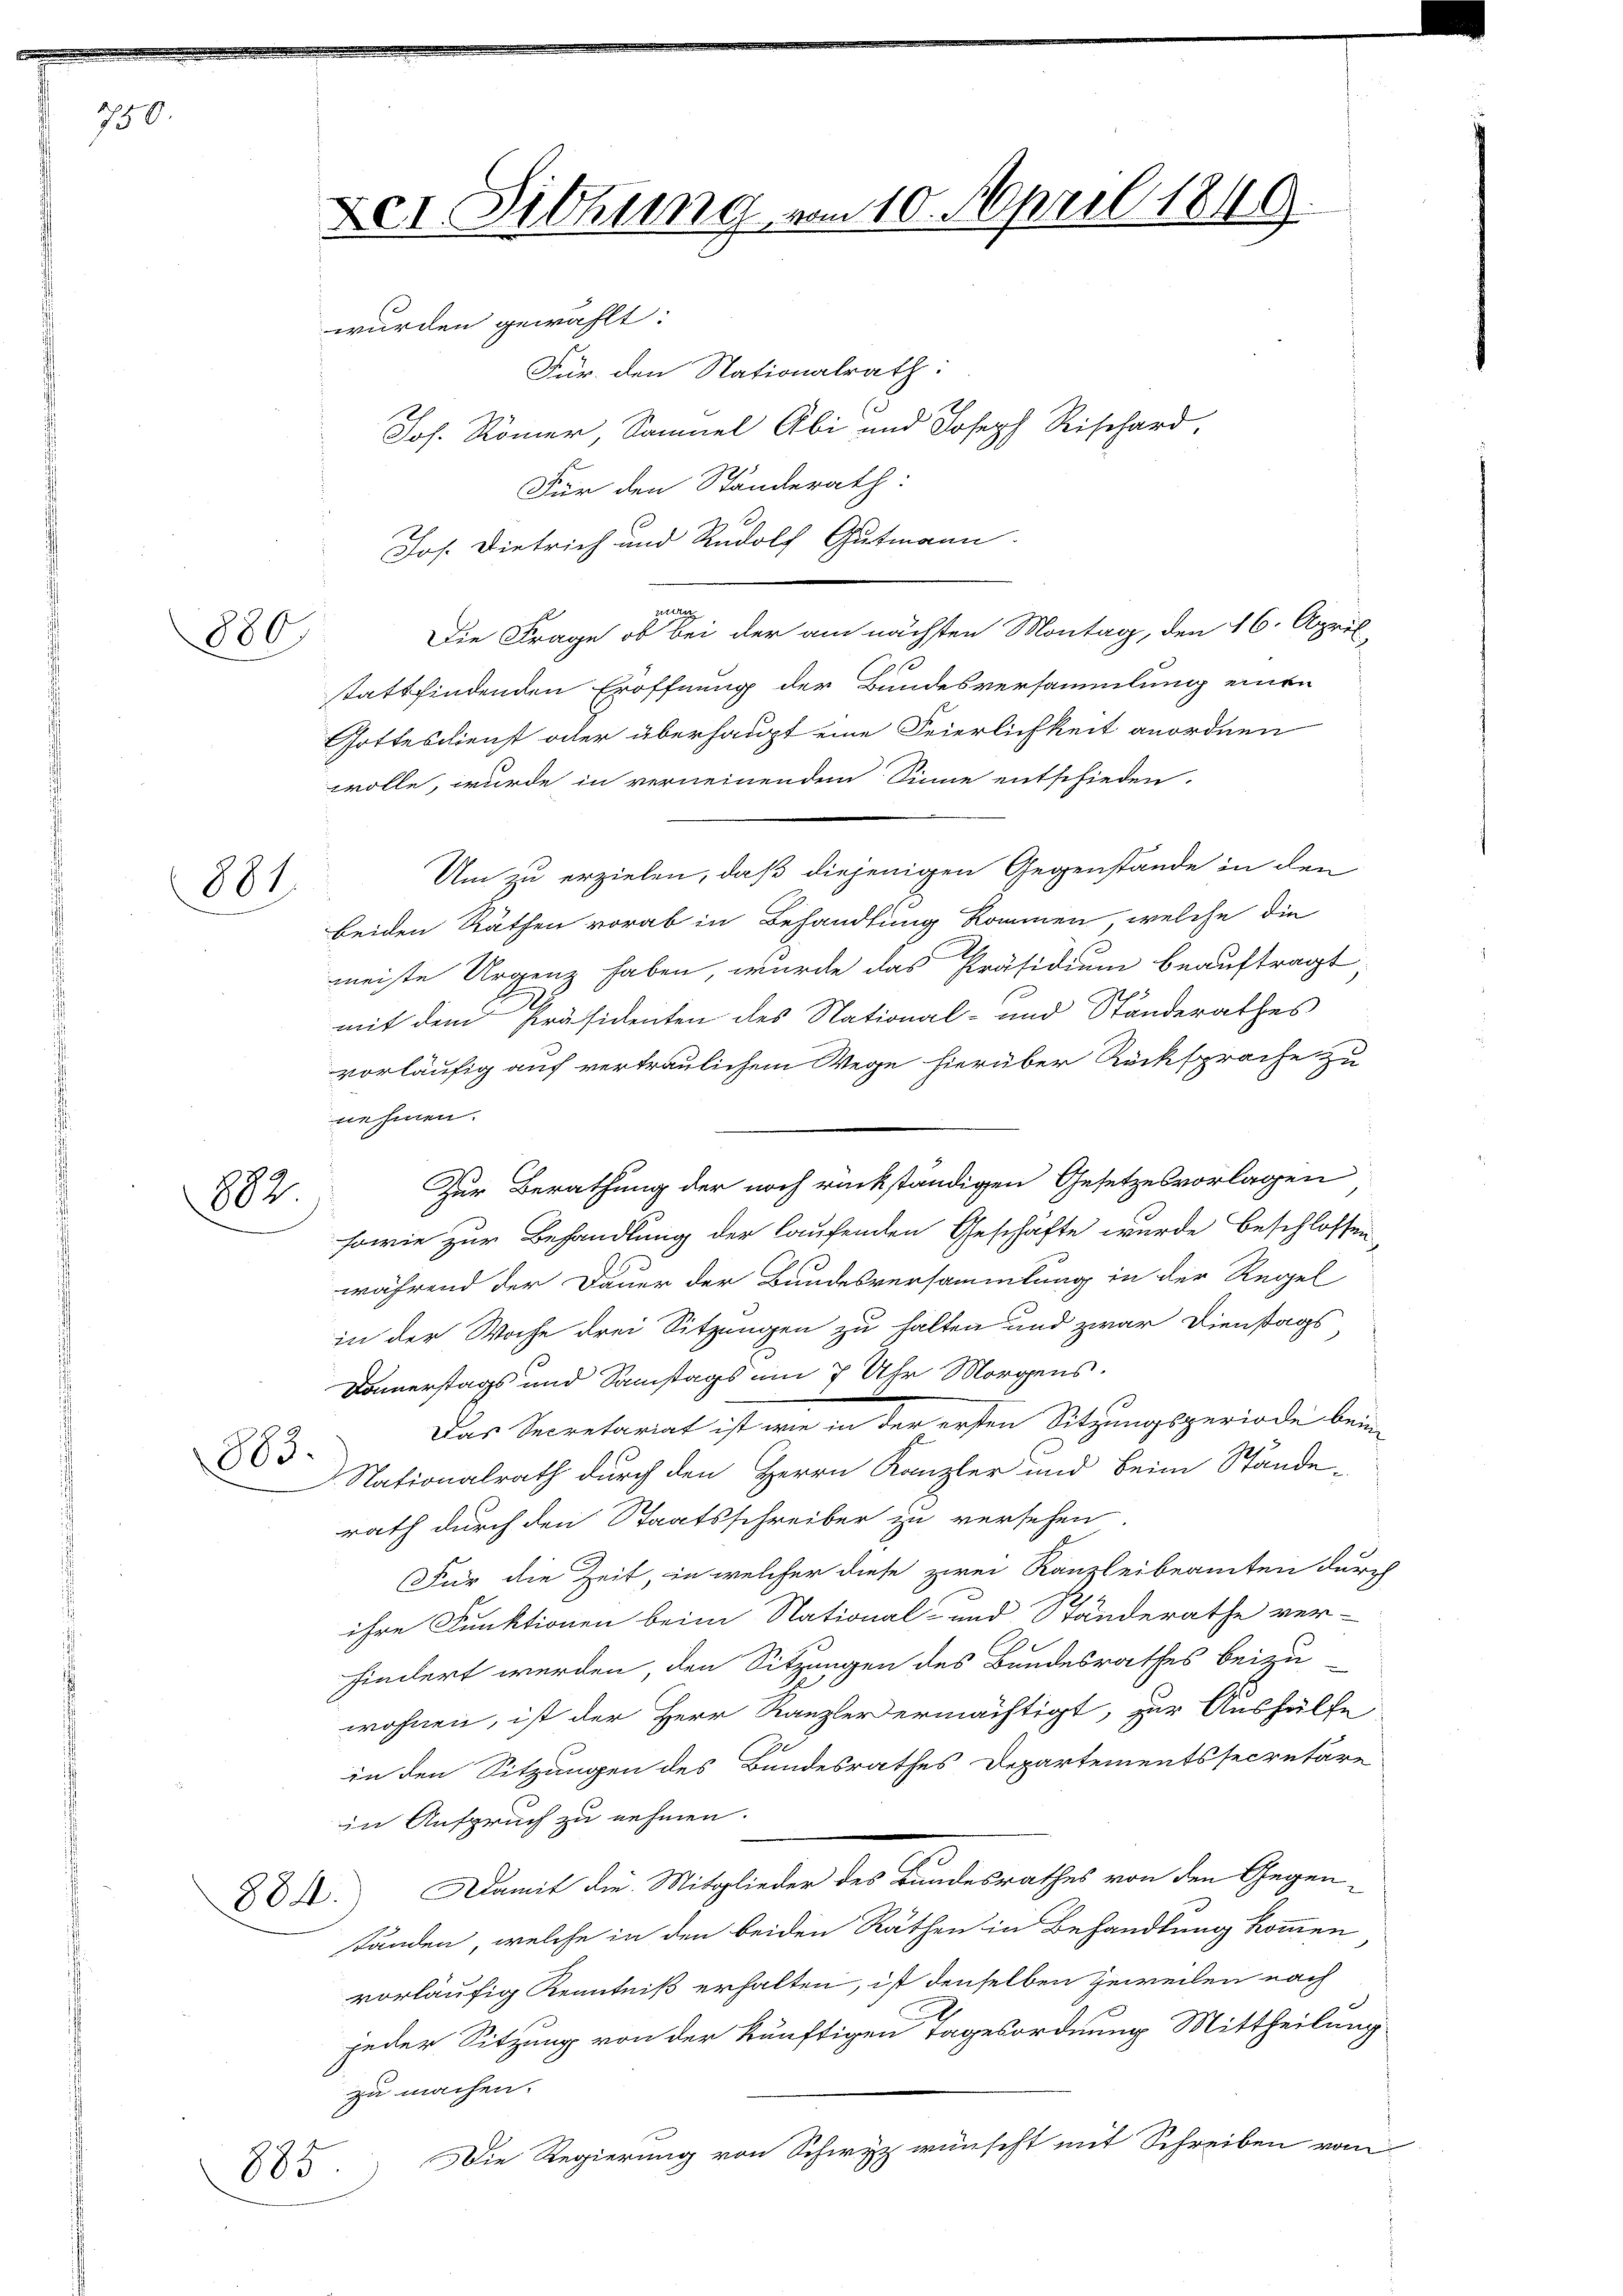
750.

880)

881

882

883

884.

Der Sitzung von 10. April 1849.
wurden gewählt:
Für den Nationalrath:
Joh. Römer, Samuel Abi und Joseph Rischard,

885.

Für den Ständerath:
Jos. Dietrich und Rudolf Gutmann
zetter
Die Frage, ob bei der am nächsten Montag, den 16. April,
9
stattfindenden Eröffnung der Bundesversammlung einen
Gottesdienst oder überhaupt eine Feierlichkeit anordnen
wolle, wurde in verneinendem Sinne entschieden.
Um zu erzielen, daß diejenigen Gegenstände in den
beiden Räthen vorab in Behandlung kommen, welche die
meiste Urgenz haben, wurde das Präsidium beauftragt
mit dem Präsidenten des National- und Standerathes
vorläufig auf vertraulichem Wege hierüber Rücksprache zu
nehmen.
Zur Berathung der noch rückständigen Gesetzesvorlagen
sowie zur Behandlung der laufenden Geschäfte wurde beschlossen,
während der Dauer der Bundesversammlung in der Regel
in der Woche drei Sitzungen zu halten und zwar Dienstags
Donnerstags und Samstags um 7 Uhr Morgens.
Das Secretariat ist wie in der ersten Sitzungsperiode beim
Nationalrath durch den Herrn Kanzler und beim Stände-
rath durch den Staatsschreiber zu versehen.
Für die Zeit, in welcher diese zwei Kanzleibeamten durch
ihre Funktionen beim National- und Ständerathe ver-
hindert werden, den Sitzungen des Bundesrathes beizu-
wohnen, ist der Herr Kanzler ermächtigt, zur Aushülfe
J
in den Sitzungen des Bundesrathes Departementssecretäre
in Anspruch zu nehmen.
Damit die Mitglieder des Bundesrathes von den Gegentänden, welche in den beiden Räthen in Behandlung kommen
vorläufig Kenntniß erhalten, ist denselben geweilen nach
jeder Sitzung von der künftigen Tagesordnung Mittheilung
zu machen.
Die Regierung von Schirz wünscht mit Schreiben vom